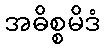
အဓိစ္စမိဒံ